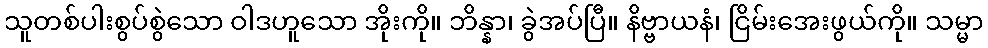
သူတစ်ပါးစွပ်စွဲသော ဝါဒဟူသော အိုးကို။ ဘိန္နာ၊ ခွဲအပ်ပြီ။ နိဗ္ဗာယနံ၊ ငြိမ်းအေးဖွယ်ကို။ သမ္မာ